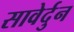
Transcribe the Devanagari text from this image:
सावेर्दुन